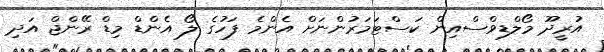
އުރީދޫ މޯލްޑިވްސްއިން ކަސްޓަމަރުންނަށް އެންމެ ފަހުގެ ލޯ އެންޑް މިޑް ރޭންޖް އަދި